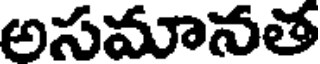
అసమానత